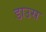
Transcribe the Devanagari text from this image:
डाउस